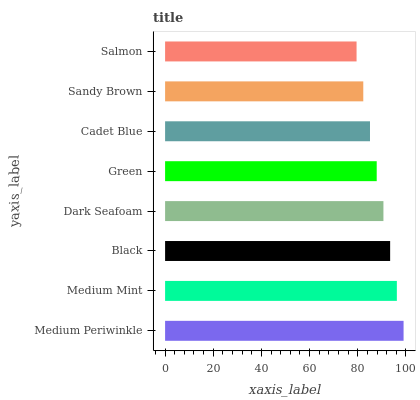
| yaxis_label | bars |
 | --- | --- |
 | Medium Periwinkle | 99 |
 | Medium Mint | 96.2 |
 | Black | 93.4 |
 | Dark Seafoam | 90.6 |
 | Green | 87.8 |
 | Cadet Blue | 85.1 |
 | Sandy Brown | 82.3 |
 | Salmon | 79.5 |